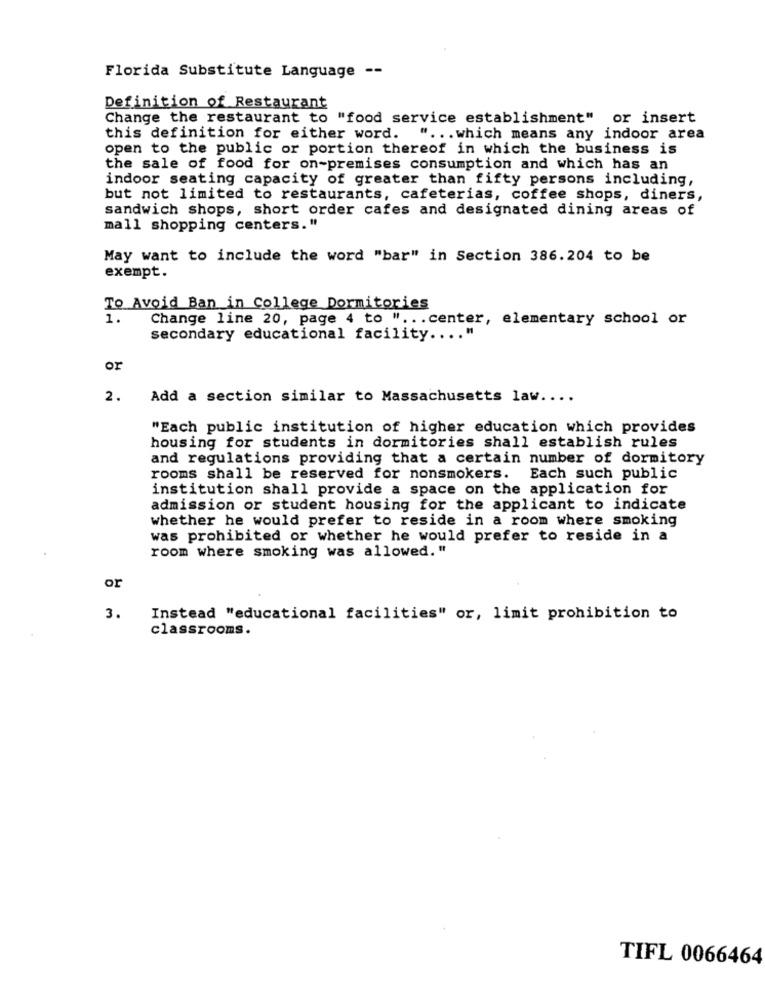
Florida Substitute Language --
Definition of Restaurant
Change the restaurant to "food service establishment" or insert
this definition for either word. " ... which means any indoor area
open to the public or portion thereof in which the business is
the sale of food for on-premises consumption and which has an
indoor seating capacity of greater than fifty persons including,
but not limited to restaurants, cafeterias, coffee shops, diners,
sandwich shops, short order cafes and designated dining areas of
mall shopping centers."
May want to include the word "bar" in Section 386.204 to be
exempt.
To Avoid Ban in College Dormitories
1.
Change line 20, page 4 to " ... center, elementary school or
secondary educational facility .... "
or
2.
Add a section similar to Massachusetts law ....
"Each public institution of higher education which provides
housing for students in dormitories shall establish rules
and regulations providing that a certain number of dormitory
rooms shall be reserved for nonsmokers. Each such public
institution shall provide a space on the application for
admission or student housing for the applicant to indicate
whether he would prefer to reside in a room where smoking
was prohibited or whether he would prefer to reside in a
room where smoking was allowed. "
or
3.
Instead "educational facilities" or, limit prohibition to
classrooms.
TIFL 0066464